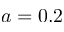
a = 0 . 2